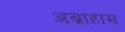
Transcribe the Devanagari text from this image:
अब्राहाम